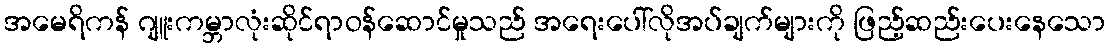
အမေရိကန် ဂျူးကမ္ဘာလုံးဆိုင်ရာဝန်ဆောင်မှုသည် အရေးပေါ်လိုအပ်ချက်များကို ဖြည့်ဆည်းပေးနေသော